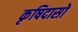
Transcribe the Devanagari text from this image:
कृषिदासों